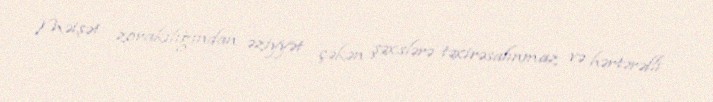
Məişət zorakılığından əziyyət çəkən şəxslərə təxirəsalınmaz və hərtərəfli